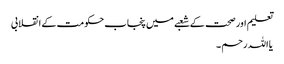
تعلیم اور صحت کے شعبے میں پنجاب حکومت کے انقلابی
یا اللہ رحم ۔